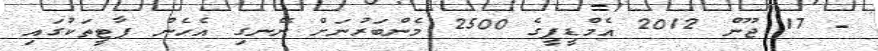
- 17 ޖޫން 2012 އެމްޑީޕީގެ 2500 މެންބަރުނަށް ނޭނގި އެހެން ޕާޓީތަކުގައި